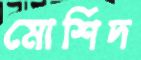
মোর্শিদ